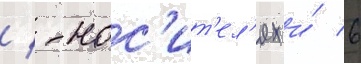
/ -нос'ит'ел'ях и́ 6